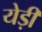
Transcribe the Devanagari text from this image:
येड़ी